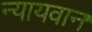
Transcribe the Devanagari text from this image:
न्यायवान